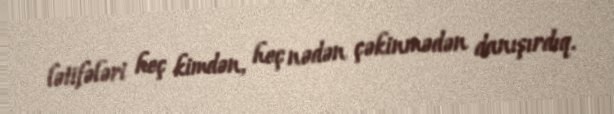
lətifələri heç kimdən, heç nədən çəkinmədən danışırdıq.